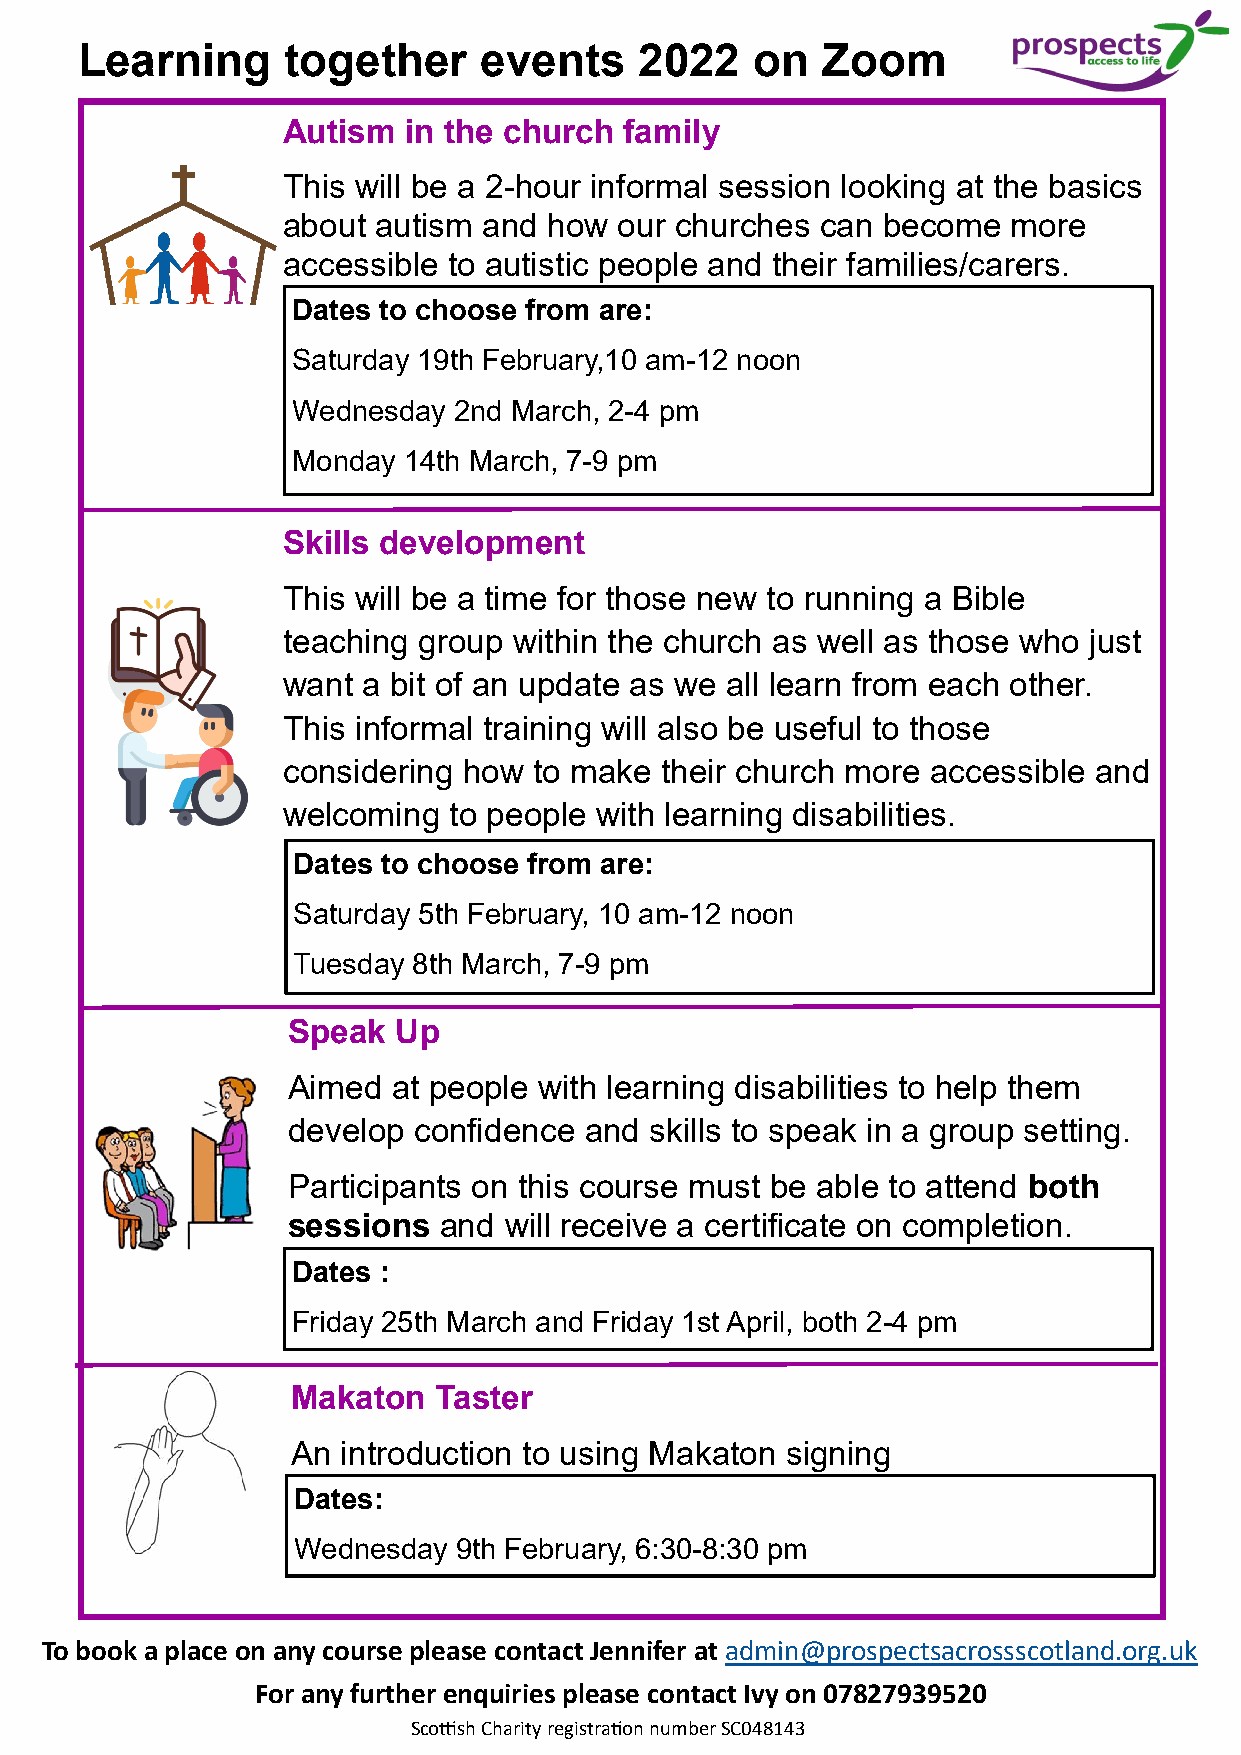
Learning      together     events    2022    on  Zoom
 Autism  in the church family
 This will be a 2-hour informal session looking at the basics
 about autism and how  our churches can become   more
 accessible to autistic people and their families/carers.
 Dates to choose from are:
 Saturday 19th February,10 am-12 noon
 Wednesday  2nd March, 2-4 pm
 Monday  14th March, 7-9 pm
 Skills development
 This will be a time for those new to running a Bible
 teaching group within the church as well as those who just
 want a bit of an update as we all learn from each other.
 This informal training will also be useful to those
 considering how to make  their church more accessible and
 welcoming  to people with learning disabilities.
 Dates to choose from are:
 Saturday 5th February, 10 am-12 noon
 Tuesday 8th March, 7-9 pm
 Speak  Up
 Aimed  at people with learning disabilities to help them
 develop confidence  and skills to speak in a group setting.
 Participants on this course must be able to attend both
 sessions  and will receive a certificate on completion.
 Dates :
 Friday 25th March and Friday 1st April, both 2-4 pm
 Makaton   Taster
 An  introduction to using Makaton signing
 Dates:
 Wednesday  9th February, 6:30-8:30 pm
 To book a place on any course please contact Jennifer at admin@prospectsacrossscotland.org.uk
 For any further enquiries please contact Ivy on 07827939520
 Scottish Charity registration number SC048143